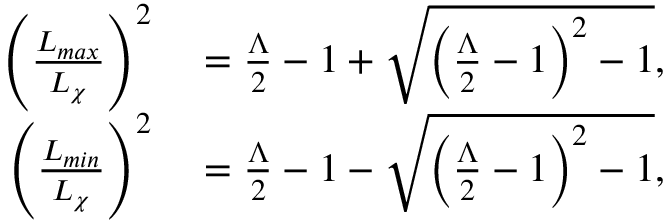
\begin{array} { r l } { \left( \frac { L _ { m a x } } { L _ { \chi } } \right) ^ { 2 } } & { { } = \frac { \Lambda } { 2 } - 1 + \sqrt { \left( \frac { \Lambda } { 2 } - 1 \right) ^ { 2 } - 1 } , } \\ { \left( \frac { L _ { m i n } } { L _ { \chi } } \right) ^ { 2 } } & { { } = \frac { \Lambda } { 2 } - 1 - \sqrt { \left( \frac { \Lambda } { 2 } - 1 \right) ^ { 2 } - 1 } , } \end{array}